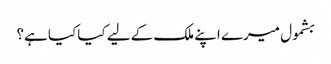
بشمول میرے اپنے ملک کے لیے کیا کیا ہے؟